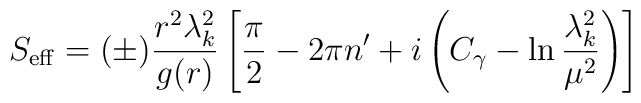
S_{\rm eff}=(\pm){r^2\lambda^2_k\over g(r)}\left[{\pi\over2}-2\pi n'+i\left(C_\gamma-\ln{\lambda^2_k\over\mu^2}\right)\right]